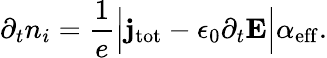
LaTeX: \partial_{t}n_{i}=\frac{1}{e}\Big|{\mathbf j}_{\mathrm{tot}}-\epsilon_{0}\partial_{t}{\mathbf E}\Big|\alpha_{\mathrm{eff}}.